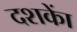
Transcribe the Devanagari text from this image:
दशकाें